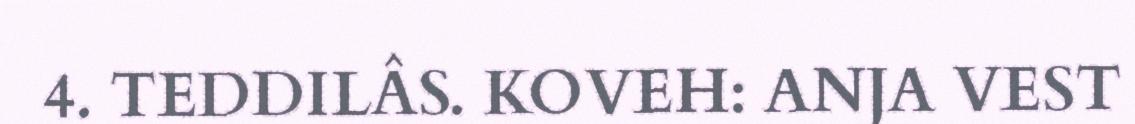
4. TEDDILÂS. KOVEH: ANJA VEST